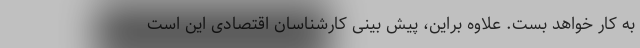
به کار خواهد بست‌. علاوه براین، پیش بینی کارشناسان اقتصادی این است